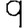
Digit: 9